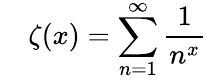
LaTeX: \quad\zeta(x)=\sum_{n=1}^{\infty}{\frac{1}{n^{x}}}